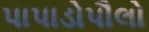
પાપાડોપૌલો